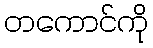
တကောင်ကို